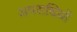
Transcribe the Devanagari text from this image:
अपराधियों